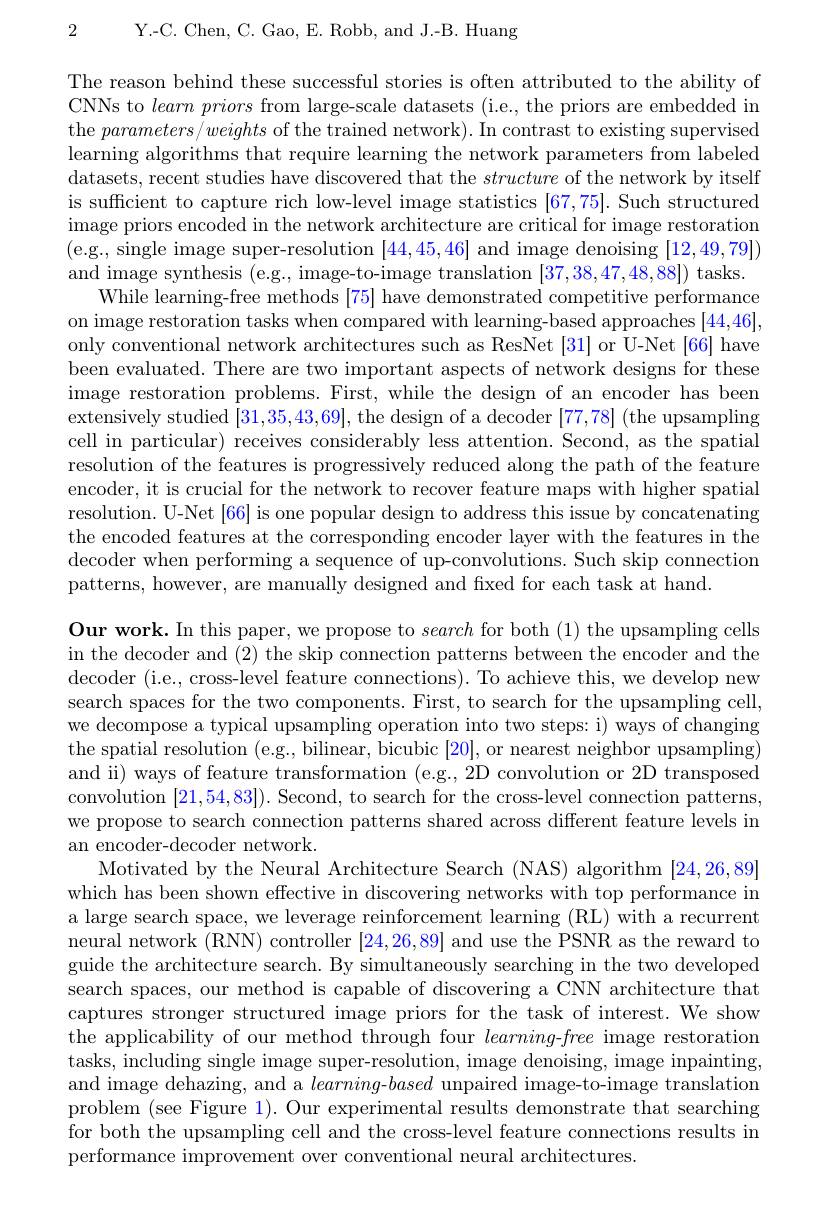
Y.-C. Chen, C. Gao, E. Robb, and J.-B. Huang

2

The reason behind these successful stories is often attributed to the ability of CNNs to learnpriors from large-scale datasets (i.e., the priors are embedded in the $parameters/weights$ of the trained network). In contrast to existing supervised learning algorithms that require learning the network parameters from labeled datasets, recent studies have discovered that the structure of the network by itself is sufficient to capture rich low-level image statistics [67,75]. Such structured image priors encoded in the network architecture are critical for image restoration (e.g., single image super-resolution [44,45,46] and image denoising [12,49,79]) and image synthesis (e.g., image-to-image translation [37,38,47,48,88]) tasks.
While learning-free methods [75] have demonstrated competitive performance on image restoration tasks when compared with learning-based approaches [44,46], only conventional network architectures such as ResNet [31] or U-Net [66] have been evaluated. There are two important aspects of network designs for these image restoration problems. First, while the design of an encoder has been extensively studied [31,35,43,69], the design of a decoder [77,78] (the upsampling cell in particular) receives considerably less attention. Second, as the spatial resolution of the features is progressively reduced along the path of the feature encoder, it is crucial for the network to recover feature maps with higher spatial resolution. U-Net [66] is one popular design to address this issue by concatenating the encoded features at the corresponding encoder layer with the features in the decoder when performing a sequence of up-convolutions. Such skip connection patterns, however, are manually designed and fixed for each task at hand.

Our work. In this paper, we propose to search for both (1) the upsampling cells in the decoder and (2) the skip connection patterns between the encoder and the ${\mathrm{decoder~(i.e.,~cross-level~feature~connections).~To~achieve~this,~we~develop~new}}$ search spaces for the two components. First, to search for the upsampling cell, we decompose a typical upsampling operation into two steps: i) ways of changing the spatial resolution (e.g., bilinear, bicubic [20], or nearest neighbor upsampling) and ii) ways of feature transformation (e.g., 2D convolution or 2D transposed convolution [21,54,83]). Second, to search for the cross-level connection patterns, we propose to search connection patterns shared across different feature levels in an encoder-decoder network.
Motivated by the Neural Architecture Search (NAS) algorithm [24,26,89] which has been shown effective in discovering networks with top performance in a large search space, we leverage reinforcement learning (RL) with a recurrent neural network (RN) controller [24,26,89] and use the PSNR as the reward to guide the architecture search. By simultaneously searching in the two developed search spaces, our method is capable of discovering a CNN architecture that captures stronger structured image priors for the task of interest. We show the applicability of our method through four learning-free image restoration tasks, including single image super-resolution, image denoising, image inpainting, and image dehazing, and a learning-based unpaired image-to-image translation problem (see Figure 1). Our experimental results demonstrate that searching for both the upsampling cell and the cross-level feature connections results in performance improvement over conventional neural architectures.